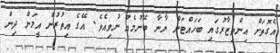
އެގޮތަށް އިންތިޒާރުގައި ބަހައްޓަން ޔާނާ ބޭނުމެއް ނުވިއެވެ. އޭގެ އިތުރުން އީމަން ދިން